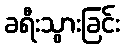
ခရီးသွားခြင်း